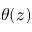
\theta ( z )